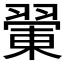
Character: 𦑿